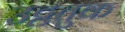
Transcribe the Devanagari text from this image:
उट्ठतुक